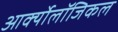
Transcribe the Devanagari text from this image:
आर्क्योलॉजिकल